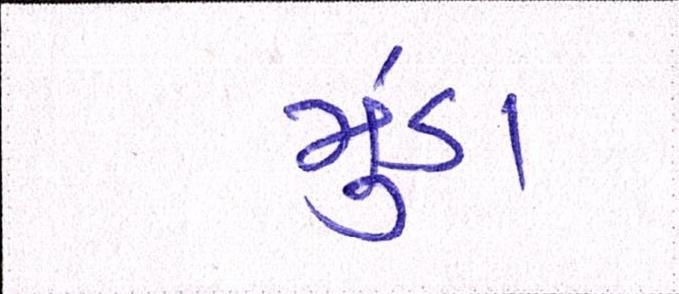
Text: મુંડા